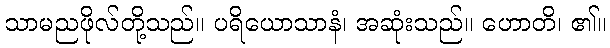
သာမညဖိုလ်တို့သည်။ ပရိယောသာနံ၊ အဆုံးသည်။ ဟောတိ၊ ၏။